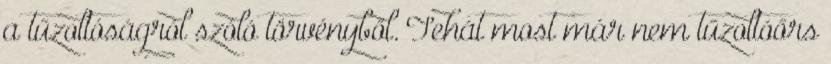
a tűzoltóságról szóló törvényből. Tehát most már nem tűzoltóőrs